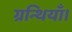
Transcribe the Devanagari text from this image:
ग्रन्थियाँ।